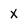
Character: x